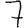
Digit: 7